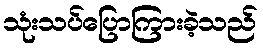
သုံးသပ်ပြောကြားခဲ့သည်